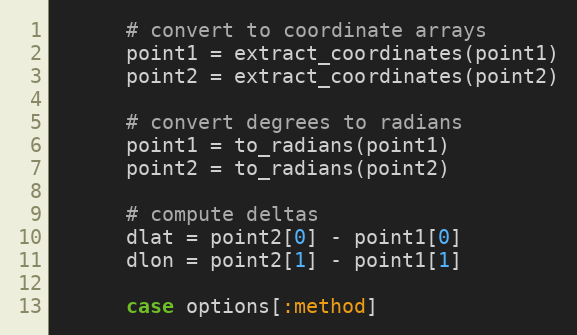
Language: Ruby
      # convert to coordinate arrays
      point1 = extract_coordinates(point1)
      point2 = extract_coordinates(point2)

      # convert degrees to radians
      point1 = to_radians(point1)
      point2 = to_radians(point2)

      # compute deltas
      dlat = point2[0] - point1[0]
      dlon = point2[1] - point1[1]

      case options[:method]